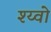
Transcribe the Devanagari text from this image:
श्य्वो